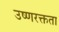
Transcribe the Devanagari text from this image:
उष्णरक्तता